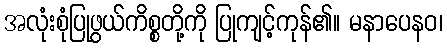
အလုံးစုံပြုဖွယ်ကိစ္စတို့ကို ပြုကျင့်ကုန်၏။ မနာပေနဝ၊